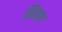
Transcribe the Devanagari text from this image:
मितन